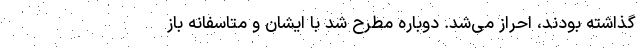
گذاشته بودند، احراز می‌شد. دوباره مطرح شد با ایشان و متاسفانه باز